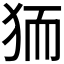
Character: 𭸄